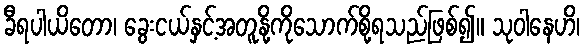
ခီရပါယိတော၊ ခွေးငယ်နှင့်အတူနို့ကိုသောက်စို့ရသည်ဖြစ်၍။ သုဝါနေဟိ၊